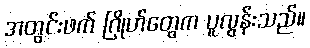
အတွင်းဖက် ဂြိုဟ်တွေက ပူလွန်းသည်။